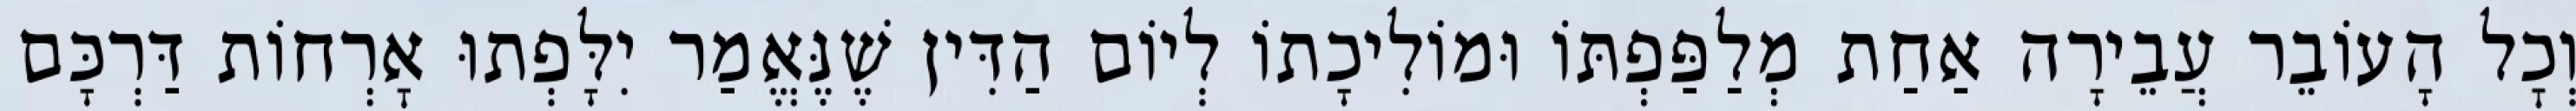
וְכׇל הָעוֹבֵר עֲבֵירָה אַחַת מְלַפַּפְתּוֹ וּמוֹלִיכָתוֹ לְיוֹם הַדִּין שֶׁנֶּאֱמַר יִלָּפְתוּ אׇרְחוֹת דַּרְכָּם